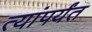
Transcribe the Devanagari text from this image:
त्यांपर्यंत